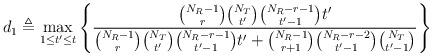
LaTeX: \begin{align*}d_1\triangleq\max\limits_{1\le t'\le t}\left\{\frac{\binom{N_R-1}{r}\binom{N_T}{t'}\binom{N_R-r-1}{t'-1}t'}{\binom{N_R-1}{r}\binom{N_T}{t'}\binom{N_R-r-1}{t'-1}t'+\binom{N_R-1}{r+1}\binom{N_R-r-2}{t'-1}\binom{N_T}{t'-1}}\right\}\end{align*}